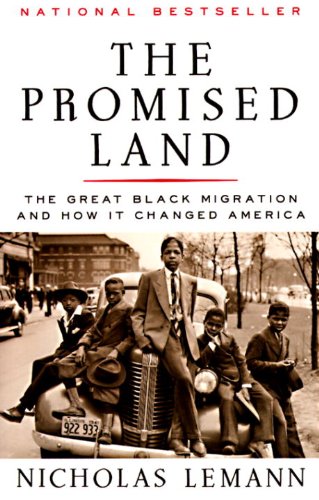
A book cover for The Promised Land: The Great Black Migration and How It Changed America; Nicholas Lemann; History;